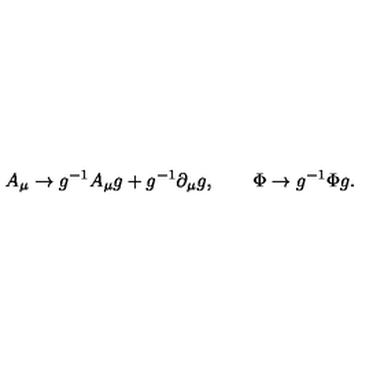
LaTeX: A _ { \mu } \to g ^ { - 1 } A _ { \mu } g + g ^ { - 1 } \partial _ { \mu } g , \qquad \Phi \to g ^ { - 1 } \Phi g .